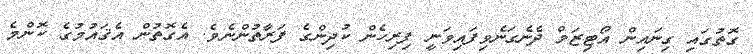
ގޮތުގައި ގިނައިން އޯޓިޒަމް ދެނެގަނެވިފައިވަނީ ފިރިހެން ކުދިންގެ ފަރާތުންނެވެ. އެގޮތުން އެޤައުމުގެ ކޮންމެ